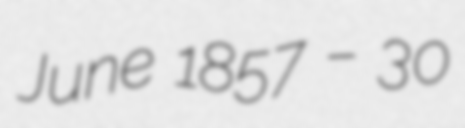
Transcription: June 1857 – 30